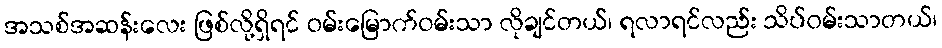
အသစ်အဆန်းလေး ဖြစ်လို့ရှိရင် ဝမ်းမြောက်ဝမ်းသာ လိုချင်တယ်၊ ရလာရင်လည်း သိပ်ဝမ်းသာတယ်၊